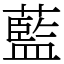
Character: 藍